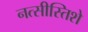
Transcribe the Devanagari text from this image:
नत्सीस्तिशे